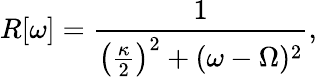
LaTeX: R[\omega]=\frac{1}{\left(\frac{\kappa}{2}\right)^{2}+\left(\omega-\Omega\right){}^{2}},